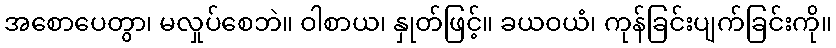
အစောပေတွာ၊ မလှုပ်စေဘဲ။ ဝါစာယ၊ နှုတ်ဖြင့်။ ခယဝယံ၊ ကုန်ခြင်းပျက်ခြင်းကို။